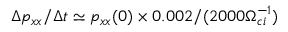
\Delta p _ { x x } / \Delta t \simeq p _ { x x } ( 0 ) \times 0 . 0 0 2 / ( 2 0 0 0 \Omega _ { c i } ^ { - 1 } )